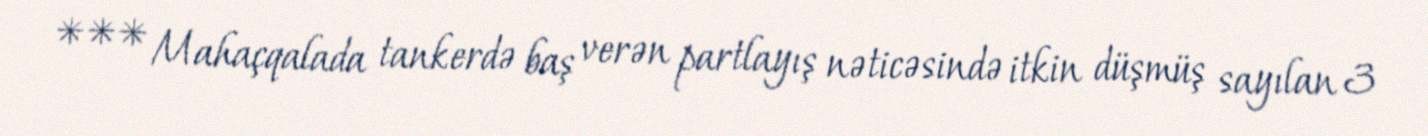
*** Mahaçqalada tankerdə baş verən partlayış nəticəsində itkin düşmüş sayılan 3